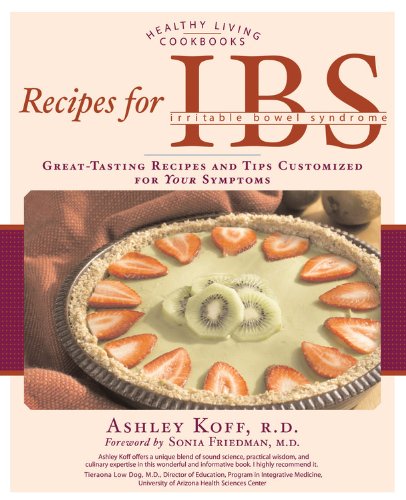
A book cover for Recipes for IBS: Great-Tasting Recipes and Tips Customized for Your Symptoms (Healthy Living Cookbooks); Ashley Koff; Health, Fitness & Dieting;